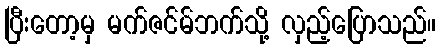
ပြီးတော့မှ မက်ဇင်မ်ဘက်သို့ လှည့်ပြောသည်။